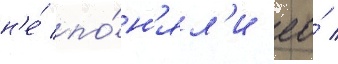
н'е́ по́н'ял'и ео́ /